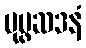
ပုပ္ဖဆဒနံ